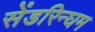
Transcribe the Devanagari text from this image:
सेंडरिन्घम